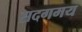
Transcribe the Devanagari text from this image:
सदगमय